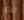
الذي